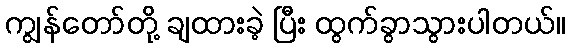
ကျွန်တော်တို့ ချထားခဲ့ ပြီး ထွက်ခွာသွားပါတယ်။